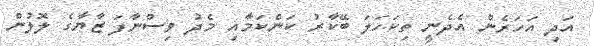
އަދި އަހަރެން އެދެނީ ތިކަހަލަ ބޭކާރު ކަންކަމާއި މެދު ވިސްނާފަ ޒާޔާގެ ލޮލުން